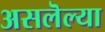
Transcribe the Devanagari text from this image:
असलॆल्या